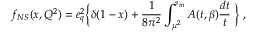
f _ { N S } ( x , Q ^ { 2 } ) = e _ { q } ^ { 2 } \Bigl \{ \delta ( 1 - x ) + \frac { 1 } { 8 \pi ^ { 2 } } \int _ { \mu ^ { 2 } } ^ { s _ { m } } A ( t , \beta ) \frac { d t } { t } \; \Bigr \} \; ,